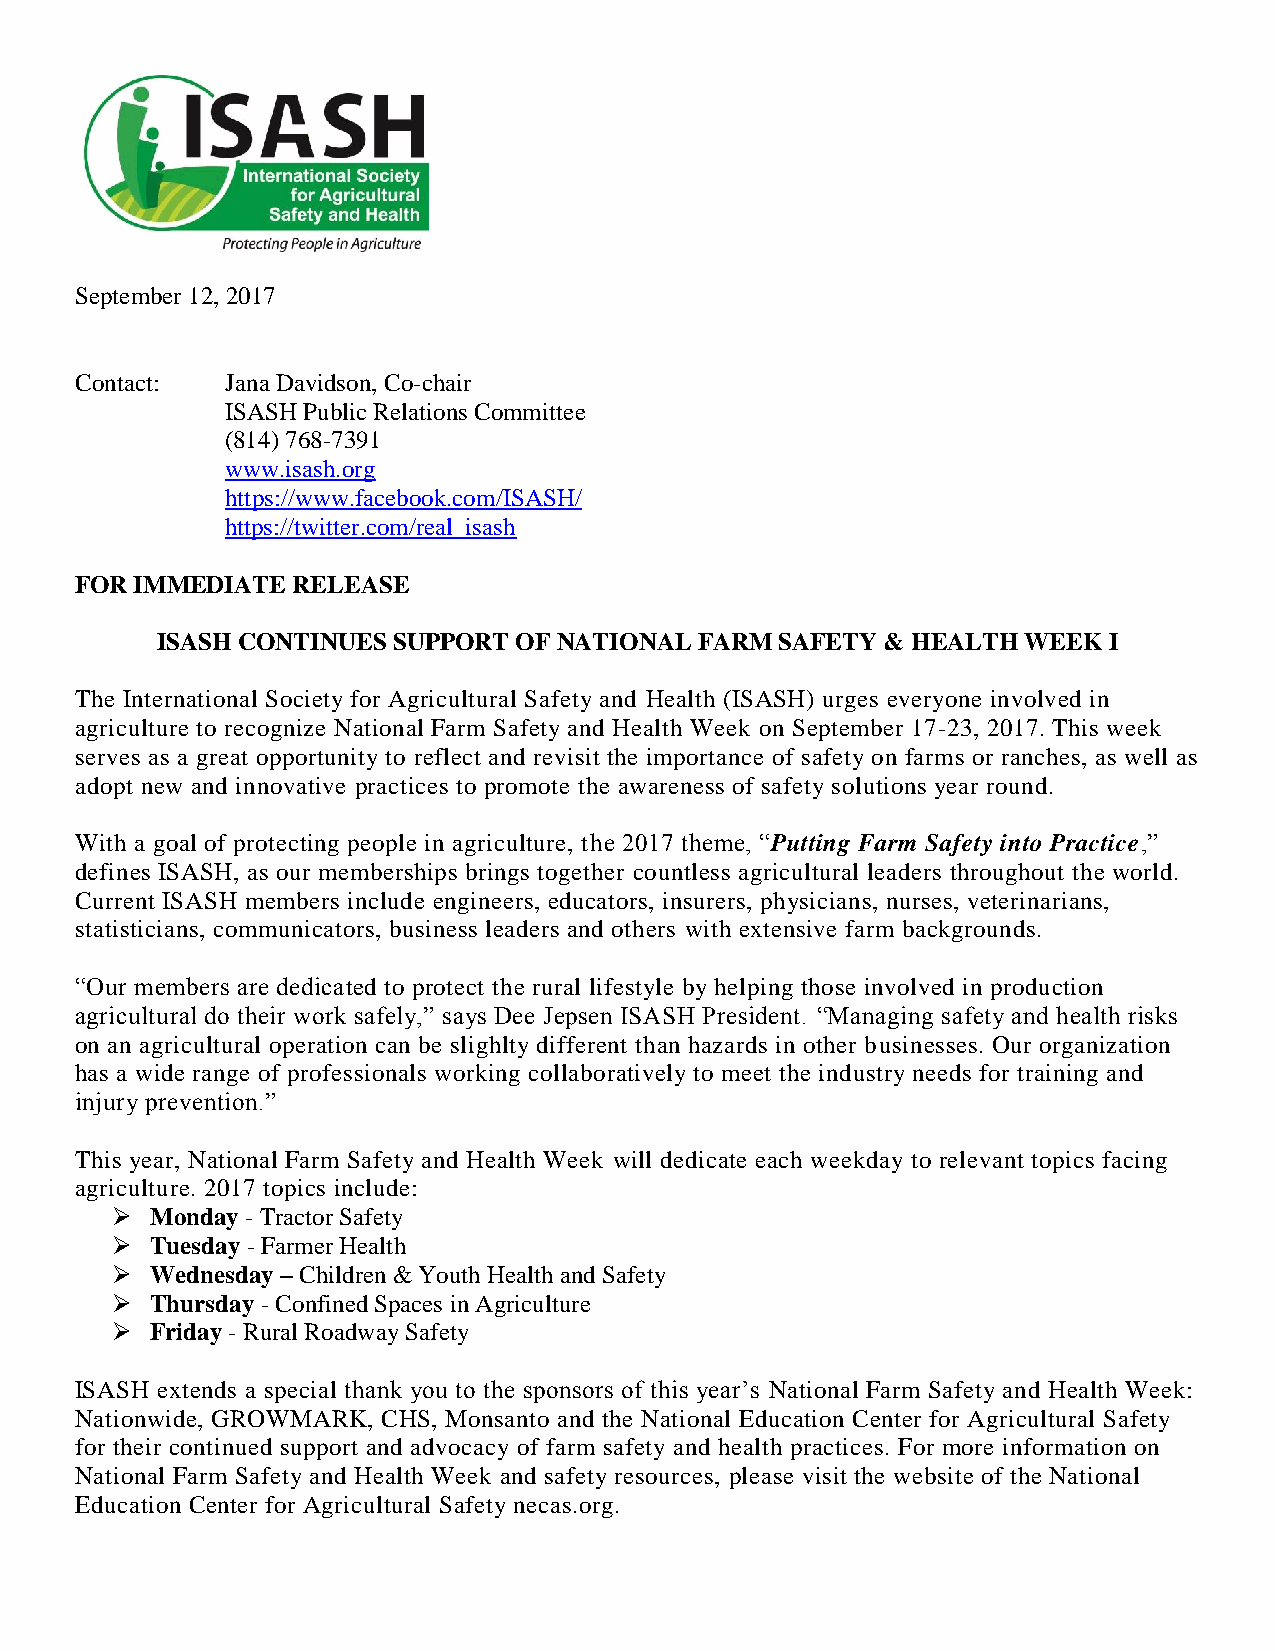
September 12, 2017
 Contact:  Jana Davidson, Co-chair
 ISASH Public Relations Committee
 (814) 768-7391
 www.isash.org
 https://www.facebook.com/ISASH/
 https://twitter.com/real_isash
 FOR IMMEDIATE RELEASE
 ISASH CONTINUES SUPPORT OF NATIONAL FARM  SAFETY & HEALTH WEEK I
 The International Society for Agricultural Safety and Health (ISASH) urges everyone involved in
 agriculture to recognize National Farm Safety and Health Week on September 17-23, 2017. This week
 serves as a great opportunity to reflect and revisit the importance of safety on farms or ranches, as well as
 adopt new and innovative practices to promote the awareness of safety solutions year round.
 With a goal of protecting people in agriculture, the 2017 theme, “Putting Farm Safety into Practice,”
 defines ISASH, as our memberships brings together countless agricultural leaders throughout the world.
 Current ISASH members include engineers, educators, insurers, physicians, nurses, veterinarians,
 statisticians, communicators, business leaders and others with extensive farm backgrounds.
 “Our members are dedicated to protect the rural lifestyle by helping those involved in production
 agricultural do their work safely,” says Dee Jepsen ISASH President. “Managing safety and health risks
 on an agricultural operation can be slighlty different than hazards in other businesses. Our organization
 has a wide range of professionals working collaboratively to meet the industry needs for training and
 injury prevention.”
 This year, National Farm Safety and Health Week will dedicate each weekday to relevant topics facing
 agriculture. 2017 topics include:
   Monday - Tractor Safety
   Tuesday - Farmer Health
   Wednesday – Children & Youth Health and Safety
   Thursday - Confined Spaces in Agriculture
   Friday - Rural Roadway Safety
 ISASH extends a special thank you to the sponsors of this year’s National Farm Safety and Health Week:
 Nationwide, GROWMARK, CHS, Monsanto and the National Education Center for Agricultural Safety
 for their continued support and advocacy of farm safety and health practices. For more information on
 National Farm Safety and Health Week and safety resources, please visit the website of the National
 Education Center for Agricultural Safety necas.org.